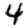
Digit: 4